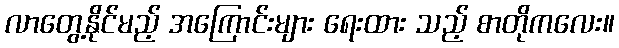
လာတွေ့နိုင်မည့် အကြောင်းများ ရေးထား သည့် စာတိုကလေး။